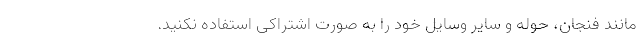
مانند فنجان، حوله و سایر وسایل خود را به صورت اشتراکی استفاده نکنید.